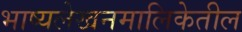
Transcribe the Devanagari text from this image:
भाष्यलेखनमालिकेतील